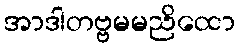
အာဒါတဗ္ဗမမညိထော